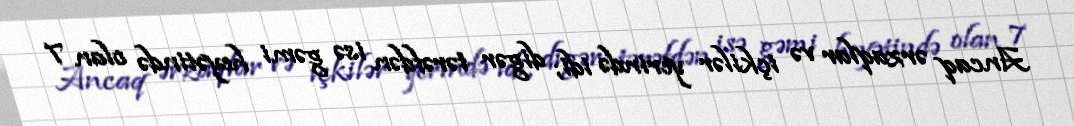
Ancaq ərzaqlar və içkilər yerində idi; digər tərəfdən isə gəmi heyətində olan 7